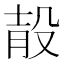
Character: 𣪎